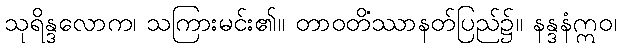
သုရိန္ဒလောက၊ သကြားမင်း၏။ တာဝတိံဿာနတ်ပြည်၌။ နန္ဒနံဣဝ၊